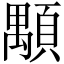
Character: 顒